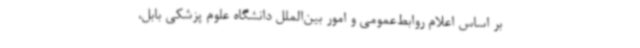
بر اساس اعلام روابط‌عمومی و امور بین‌الملل دانشگاه علوم پزشکی بابل،